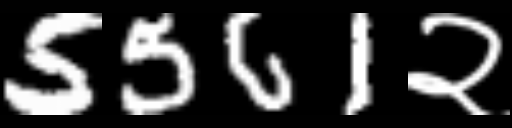
Text: 5561२